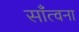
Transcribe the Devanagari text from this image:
साँत्वना